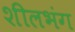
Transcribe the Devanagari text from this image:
शीलभंग